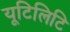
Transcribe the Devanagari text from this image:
यूटिलिटि